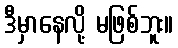
ဒီမှာနေလို့ မဖြစ်ဘူး။